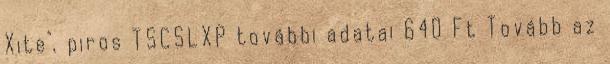
Xite", piros TSCSLXP további adatai 640 Ft Tovább az